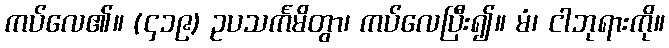
ကပ်လေ၏။ (၄၁၉) ဥပသင်္ကမိတွာ၊ ကပ်လေပြီး၍။ မံ၊ ငါဘုရားကို။